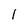
Character: 1